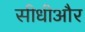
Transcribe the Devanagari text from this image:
सीधीऔर